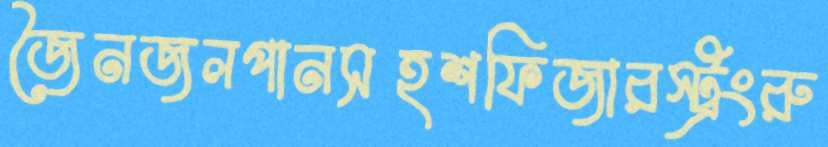
জৈনজলপানসহশফিজারস্ট্রংরু